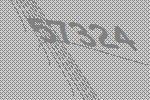
57324